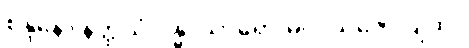
စန္ဒနော နိတ္ထိယံ ဂန္ဓ၊ သာရော မလယဇော ပျထ။